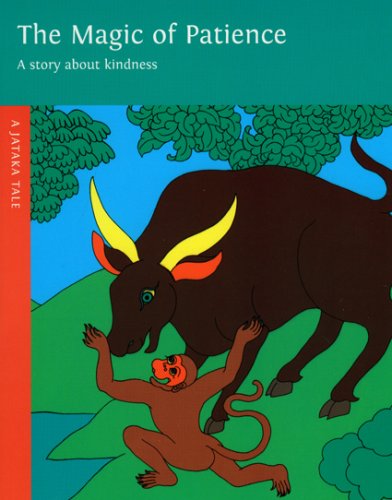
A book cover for Magic of Patience (Jataka Tales); Rosalyn White; Children's Books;